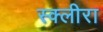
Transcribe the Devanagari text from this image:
स्क्लीरा